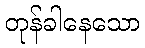
တုန်ခါနေသော